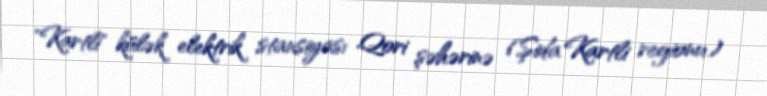
"Kartli" külək elektrik stansiyası Qori şəhərinə (Şida Kartli regionu)